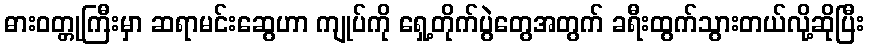
ဓားဝတ္တုကြီးမှာ ဆရာမင်းဆွေဟာ ကျုပ်ကို ရှေ့တိုက်ပွဲတွေအတွက် ခရီးထွက်သွားတယ်လို့ဆိုပြီး